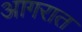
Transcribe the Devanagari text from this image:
आगरात